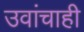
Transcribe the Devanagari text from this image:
उवांचाही